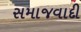
સમાજવાદી